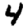
Digit: 4